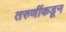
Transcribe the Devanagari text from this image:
तरुणींकडून